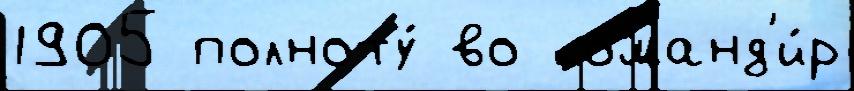
1905 полноту́ во команд'и́р